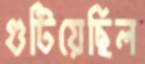
গুটিয়েছিল